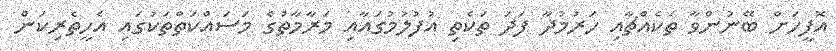
އޮފީހަށް ބޭނުންވާ ތަކެއްޗާއި ހަރުމުދާ ފަދަ ތަކެތި އުފުލުމުގައާއި މަރާމާތުގެ މަސައްކަތްތަކުގައި އެހީތެރިކަން